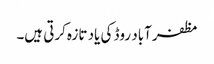
مظفر آباد روڈ کی یاد تازہ کرتی ہیں۔